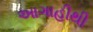
આગાહીથી